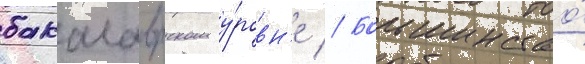
бакалаврском у́ровн'е // Большинство́